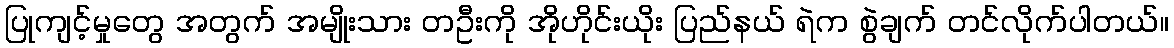
ပြုကျင့်မှုတွေ အတွက် အမျိုးသား တဦးကို အိုဟိုင်းယိုး ပြည်နယ် ရဲက စွဲချက် တင်လိုက်ပါတယ်။